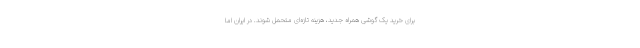
برای خرید یک گوشی همراه جدید، هزینه تازه‌ای متحمل شوند. در ایران اما